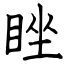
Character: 睉